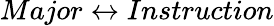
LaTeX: Major\leftrightarrow Instruction